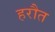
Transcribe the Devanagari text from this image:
हरौत